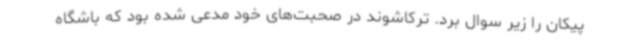
پیکان را زیر سوال برد. ترکاشوند در صحبت‌های خود مدعی شده بود که باشگاه